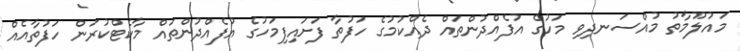
މައުލޫމާތު މުއްސަނދިވި މަހުގެ އުފެއްދުންތައް ދެއްކުމުގެ ހަފުތާ ފަށައިފިމަހުގެ އުފެއްދުންތައް މާކެޓްކުރަން ހަފުތާއެއް